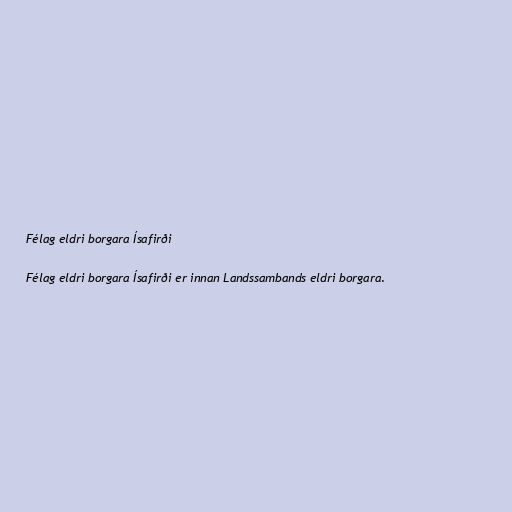
Félag eldri borgara Ísafirði

Félag eldri borgara Ísafirði er innan Landssambands eldri borgara.